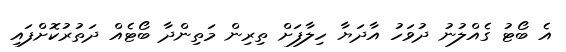
އެ ބޯޓު ގެއްލުނު ދުވަހު އާދަޔާ ހިލާފަށް ތިރިން މަތިންދާ ބޯޓެއް ދަތުރުކޮށްފައި